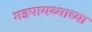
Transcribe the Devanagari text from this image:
गडपायथ्याच्या